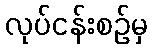
လုပ်ငန်းစဉ်မှ